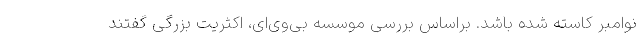
نوامبر کاسته شده باشد. براساس بررسی موسسه بی‌وی‌ای، اکثریت بزرگی گفتند